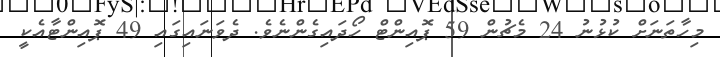
މިހާތަނަށް ކުޅުނު 24 މެޗުން 59 ޕޮއިންޓް ހޯދައިގެންނެވެ. ދެވަނައިގައި 49 ޕޮއިންޓާއެކީ